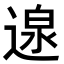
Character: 𮞰